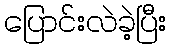
ပြောင်းလဲခဲ့ပြီး